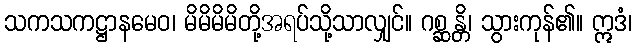
သကသကဋ္ဌာနမေဝ၊ မိမိမိမိတို့အရပ်သို့သာလျှင်။ ဂစ္ဆန္တိ၊ သွားကုန်၏။ ဣဒံ၊